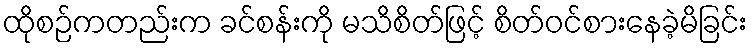
ထိုစဉ်ကတည်းက ခင်စန်းကို မသိစိတ်ဖြင့် စိတ်ဝင်စားနေခဲ့မိခြင်း